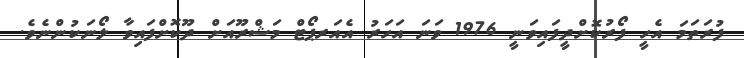
ފުރަތަމަ އެހީ ފޯރުކޮށްދީފައިވަނީ 1976 ވަނަ އަހަރު އެއަރޕޯޓް މަޝްރޫއަށް ދޫކޮށްފައިވާ ލޯނަކުންނެވެ.